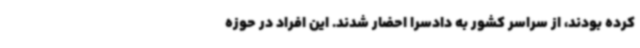
کرده بودند، از سراسر کشور به دادسرا احضار شدند. این افراد در حوزه